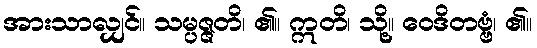
အားသာလျှင်။ သမ္ပဇ္ဇတိ၊ ၏။ ဣတိ၊ သို့။ ဝေဒိတဗ္ဗံ၊ ၏။